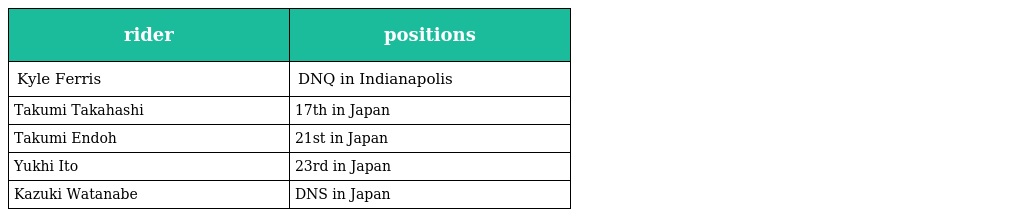
| rider | positions |
 | --- | --- |
 | Kyle Ferris | DNQ in Indianapolis |
 | Takumi Takahashi | 17th in Japan |
 | Takumi Endoh | 21st in Japan |
 | Yukhi Ito | 23rd in Japan |
 | Kazuki Watanabe | DNS in Japan |